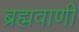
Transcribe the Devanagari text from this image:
ब्रह्मवाणी